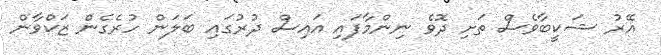
އޭރު ޝަކީބާވެސް ތަށި ދޮވެ ނިންމާފައި އައިސް ދުރުގައި ބަލަން ހުރެގެން ޒަކްވާން